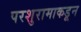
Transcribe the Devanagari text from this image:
परशुरामाकडून